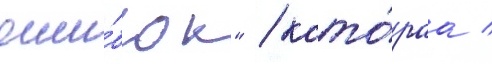
оши́бок" / кото́раа /